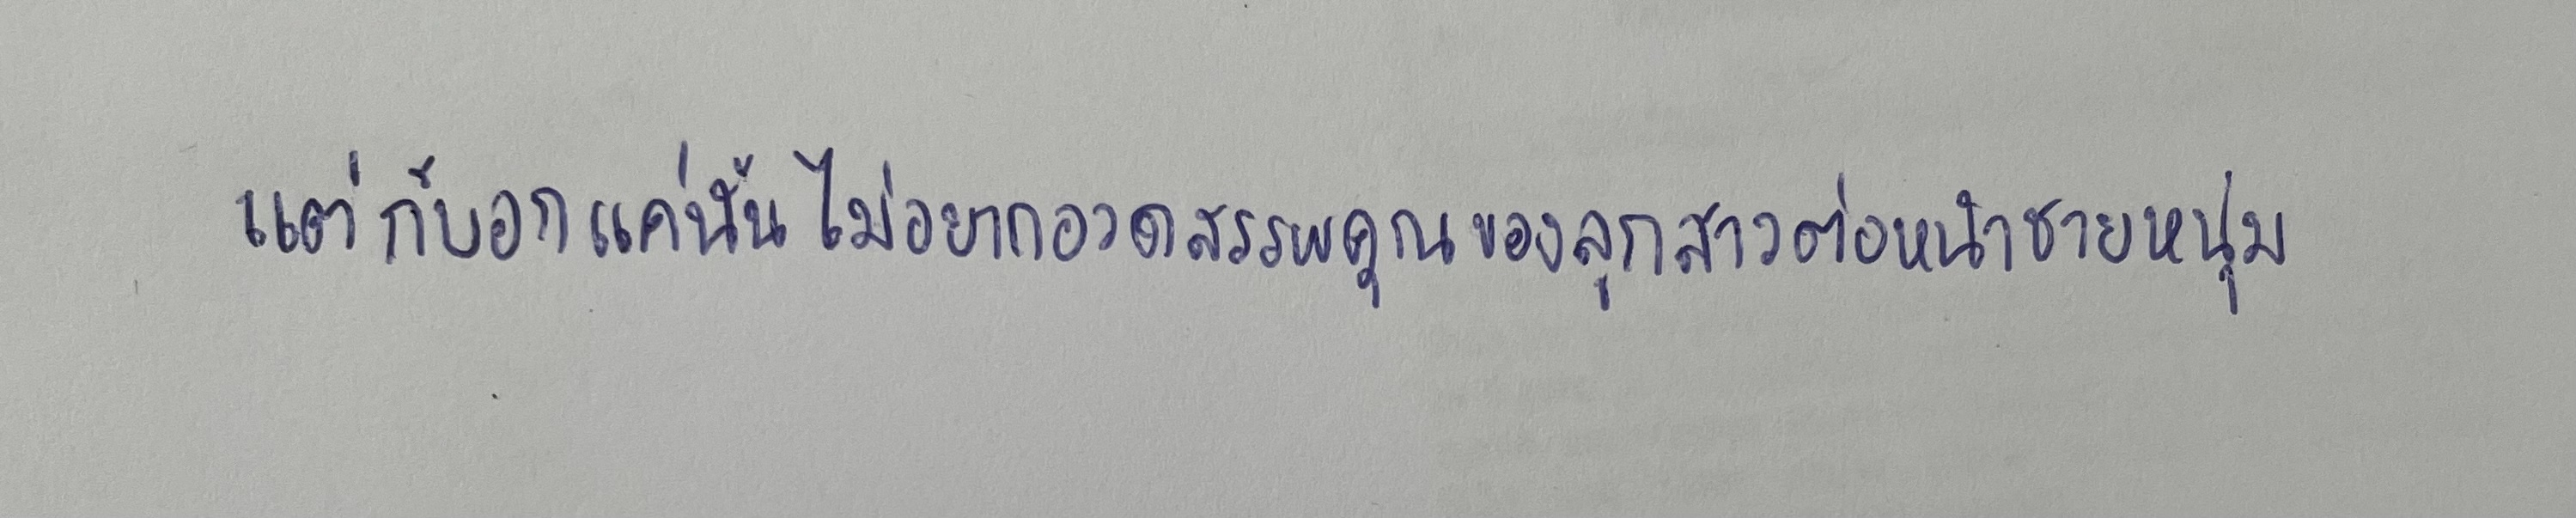
แต่ก็บอกแค่นั้นไม่อยากอวดสรรพคุณของลูกสาวต่อหน้าชายหนุ่ม